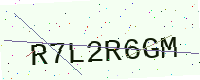
Text: R7L2R6GM